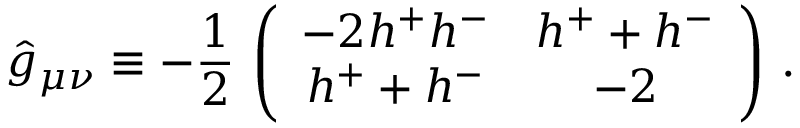
\hat { g } _ { \mu \nu } \equiv - \frac 1 2 \, \left( \begin{array} { c c } { { - 2 h ^ { + } h ^ { - } } } & { { h ^ { + } + h ^ { - } } } \\ { { h ^ { + } + h ^ { - } } } & { { - 2 } } \end{array} \right) \, .